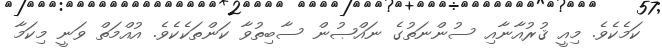
ކަމެކެވެ. މިއީ ޤުރުއާނާއި ސުންނަތުގެ ނައްޞުން ސާބިތުވާ ކަންތަކެކެވެ. އުއްމަތް ވަނީ މިކަމާ